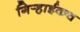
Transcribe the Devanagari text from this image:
गिर्‍हाईकच